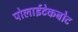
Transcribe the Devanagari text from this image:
पोलाईटेकबोट